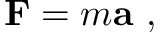
\mathbf { F } = m \mathbf { a } \ ,